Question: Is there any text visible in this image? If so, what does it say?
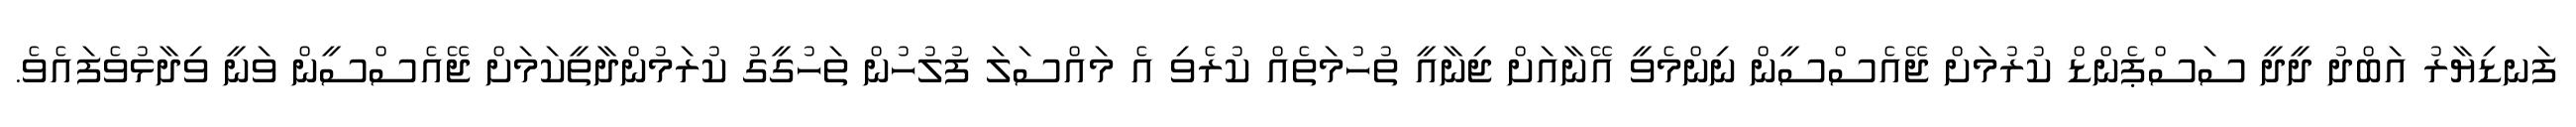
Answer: ފަނޑިޔާރު އަބްދު ދީދީ ސަސްޕެންޑް ކުރުމަށް ޖޭއެސްސީން ނިންމެވީ އޭނާއަށް ޖިނާއީ ތުހުމަތެއް ކުރެވި އެ މައްސަލަ ފުލުހުން ތަހުގީގު ކުރަމުންދާތީކަމަށް ޖޭއެސްސީން ވަނީ ވިދާޅުވެފައެވެ.